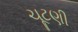
ચૂટણી